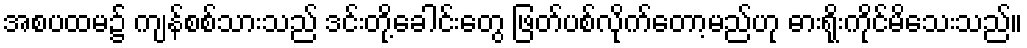
အစပထမ၌ ကျန်စစ်သားသည် ဒင်းတို့ခေါင်းတွေ ဖြတ်ပစ်လိုက်တော့မည်ဟု ဓားရိုးကိုင်မိသေးသည်။